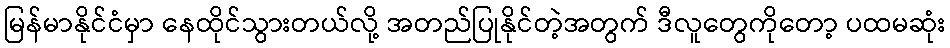
မြန်မာနိုင်ငံမှာ နေထိုင်သွားတယ်လို့ အတည်ပြုနိုင်တဲ့အတွက် ဒီလူတွေကိုတော့ ပထမဆုံး